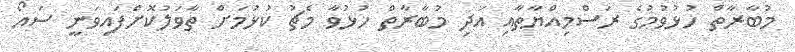
މުބާރާތް ހުޅުވުމުގެ ރަސްމިއްޔާތާއި އަދި މުބާރާތް ހުޅުވާ މެޗު ކުޅުމަށް ތާވަލުކޮށްފައިވަނީ ސައޯ